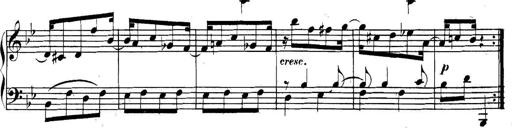
Title: Collected Piano Sonatas
Composer: Muzio Clementi